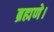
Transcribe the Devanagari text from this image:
ब्रह्मणे।